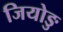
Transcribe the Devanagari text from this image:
जियोङु